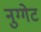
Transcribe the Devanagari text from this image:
नुग्गेट